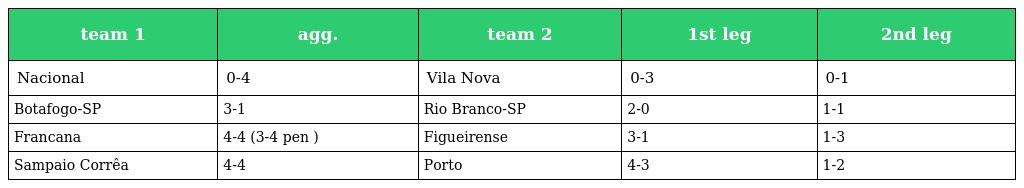
| team 1 | agg. | team 2 | 1st leg | 2nd leg |
 | --- | --- | --- | --- | --- |
 | Nacional | 0-4 | Vila Nova | 0-3 | 0-1 |
 | Botafogo-SP | 3-1 | Rio Branco-SP | 2-0 | 1-1 |
 | Francana | 4-4 (3-4 pen ) | Figueirense | 3-1 | 1-3 |
 | Sampaio Corrêa | 4-4 | Porto | 4-3 | 1-2 |